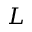
\boldsymbol { L }